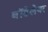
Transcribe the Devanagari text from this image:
बॉडेलेयर